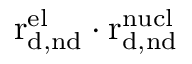
\mathrm { r _ { d , n d } ^ { e l } } \cdot \mathrm { r _ { d , n d } ^ { n u c l } }